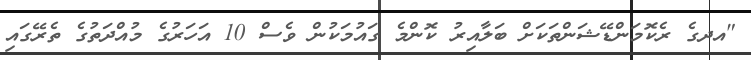
"އދގެ ރެކޮމަންޑޭޝަންތަކަށް ބަލާއިރު ކޮންމެ ގައުމަކުން ވެސް 10 އަހަރުގެ މުއްދަތުގެ ތެރޭގައި